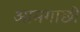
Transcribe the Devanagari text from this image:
आमगाछी